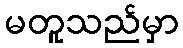
မတူသည်မှာ